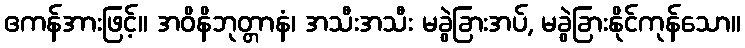
ဧကန်အားဖြင့်။ အဝိနိဘုတ္တာနံ၊ အသီးအသီး မခွဲခြားအပ်, မခွဲခြားနိုင်ကုန်သော။